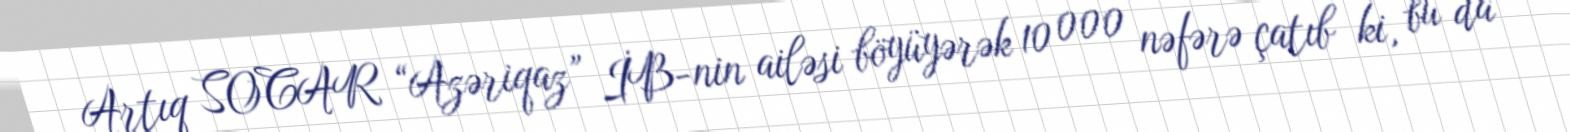
Artıq SOCAR “Azəriqaz” İB-nin ailəsi böyüyərək 10 000 nəfərə çatıb ki, bu da